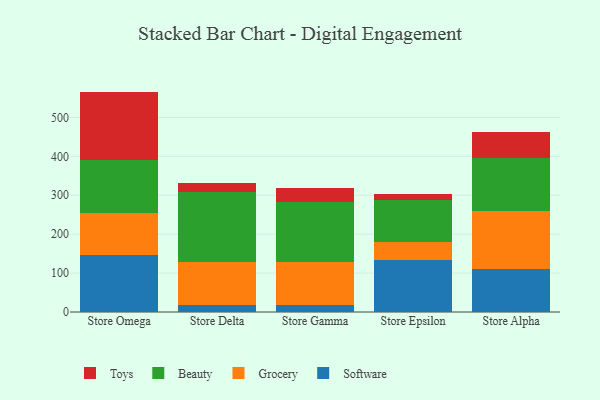
{"axis": {"x": "Store", "y": "Latency (ms)"}, "legend": ["Beauty", "Grocery", "Software", "Toys"], "data": [{"x": "Store Omega", "y": 145.9, "type": "Software"}, {"x": "Store Omega", "y": 107.8, "type": "Grocery"}, {"x": "Store Omega", "y": 138.2, "type": "Beauty"}, {"x": "Store Omega", "y": 174.5, "type": "Toys"}, {"x": "Store Delta", "y": 17.1, "type": "Software"}, {"x": "Store Delta", "y": 111.8, "type": "Grocery"}, {"x": "Store Delta", "y": 179.1, "type": "Beauty"}, {"x": "Store Delta", "y": 22.4, "type": "Toys"}, {"x": "Store Gamma", "y": 17.1, "type": "Software"}, {"x": "Store Gamma", "y": 110.3, "type": "Grocery"}, {"x": "Store Gamma", "y": 155.2, "type": "Beauty"}, {"x": "Store Gamma", "y": 35.5, "type": "Toys"}, {"x": "Store Epsilon", "y": 134.5, "type": "Software"}, {"x": "Store Epsilon", "y": 45.5, "type": "Grocery"}, {"x": "Store Epsilon", "y": 106.8, "type": "Beauty"}, {"x": "Store Epsilon", "y": 16.9, "type": "Toys"}, {"x": "Store Alpha", "y": 109.9, "type": "Software"}, {"x": "Store Alpha", "y": 150.2, "type": "Grocery"}, {"x": "Store Alpha", "y": 135.1, "type": "Beauty"}, {"x": "Store Alpha", "y": 67.5, "type": "Toys"}]}